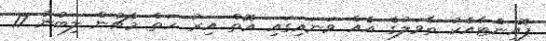
ޕޮއިންޓާއެކު ތާވަލުގެ އެއް ވަނައިގައި އޮތް އިރު ހަތް މެޗުން ލިބުނު 17